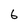
Character: 6